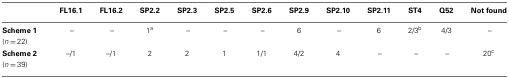
|  | FL16.1 | FL16.2 | SP2.2 | SP2.3 | SP2.5 | SP2.6 | SP2.9 | SP2.10 | SP2.11 | ST4 | Q52 | Not found |
 | --- | --- | --- | --- | --- | --- | --- | --- | --- | --- | --- | --- | --- |
 | Scheme 1 (n = 22) | – | – | 1a | – | – | – | 6 | – | 6 | 2/3b | 4/3 | – |
 | Scheme 2 (n = 39) | –/1 | –/1 | 2 | 2 | 1 | 1/1 | 4/2 | 4 | – | – | – | 20c |